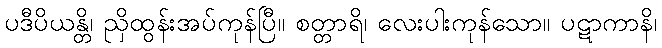
ပဒီပိယန္တိ၊ ညှိထွန်းအပ်ကုန်ပြီ။ စတ္တာရိ၊ လေးပါးကုန်သော။ ပဋာကာနိ၊